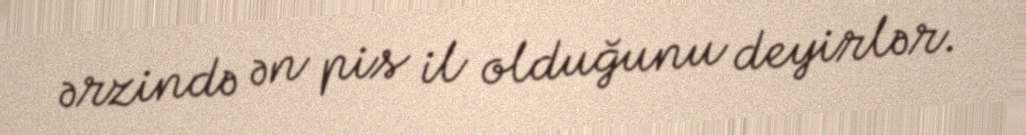
ərzində ən pis il olduğunu deyirlər.